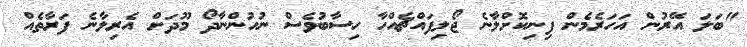
"ބަލަ އޭރުން އަހަރެމެން ފިނިކޮށްލާނެ ޖޯލިފައްޗެއްހާ ހިސާބުވެސް ނުހުންނާދޯ މޫދަށް އެރިލާނެ ފަރާތެއް